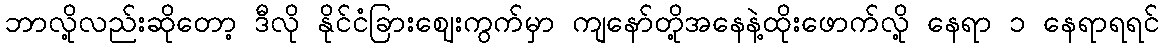
ဘာလို့လည်းဆိုတော့ ဒီလို နိုင်ငံခြားဈေးကွက်မှာ ကျနော်တို့အနေနဲ့ထိုးဖောက်လို့ နေရာ ၁ နေရာရရင်